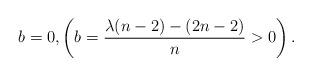
LaTeX: \begin{align*}b=0, \left( b=\frac{\lambda(n-2)-(2n-2)}{n}>0\right).\end{align*}